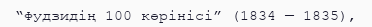
“Фудзидің 100 көрінісі” (1834 — 1835),